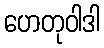
ဟေတုဝါဒါ